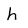
Character: h